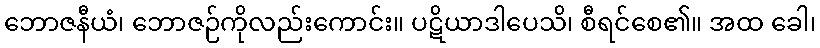
ဘောဇနီယံ၊ ဘောဇဉ်ကိုလည်းကောင်း။ ပဋိယာဒါပေသိ၊ စီရင်စေ၏။ အထ ခေါ၊